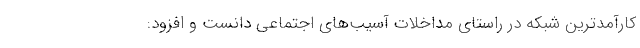
کارآمدترین شبکه در راستای مداخلات آسیب‌های اجتماعی دانست و افزود: